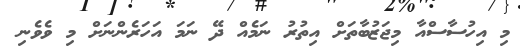
މި އިހުސާސްއާ މިޖަޒުބާތަށް އިތުރު ނަމެއް ދޭ ނަމަ އަހަރެންނަށް މި ވެވެނި